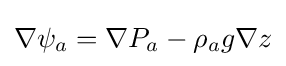
\nabla \psi _{a}=\nabla P_{a}-\rho _{a}g\nabla z